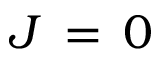
J \, = \, 0